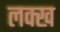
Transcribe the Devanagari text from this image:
लक्ख